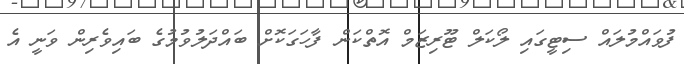
ފުވައްމުލައް ސިޓީގައި ލޯކަލް ޓޫރިޒަމް އޮތްކަން ފާހަގަކޮށް ބައްދަލުވުމުގެ ބައިވެރިން ވަނީ އެ